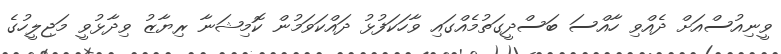
ވީނިއުސްއަށް ދެއްވި ހާއްސަ ބަސްދީގަތުމެއްގައި ވާހަކަފުޅު ދައްކަވަމުން ކޮމިޝަނާ ރިޔާޒު ވިދާޅުވީ މަޖިލީހުގެ